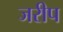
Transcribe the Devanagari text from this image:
जरीप